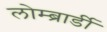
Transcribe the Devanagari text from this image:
लोम्ब्रार्डी